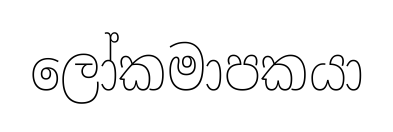
ලෝකමාපකයා